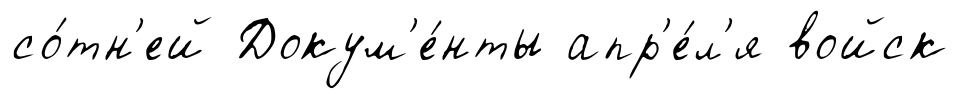
со́тн'ей Докум'е́нты апр'е́л'я войск